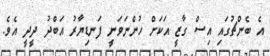
އެ ބެންޗުގައި އިސް ގާޒީ އަކަށް ހުންނަވަނީ ފަނޑިޔާރު އަބްދު ދީދީ އެވެ.